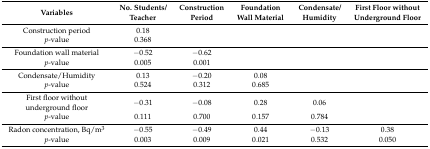
<table><thead><tr><td><b>Variables</b></td><td><b>No. Students/Teacher</b></td><td><b>Construction Period</b></td><td><b>Foundation Wall Material</b></td><td><b>Condensate/Humidity</b></td><td><b>First Floor without Underground Floor</b></td></tr></thead><tbody><tr><td>Construction period</td><td>0.18</td><td></td><td></td><td></td><td></td></tr><tr><td><i>p</i>-value</td><td>0.368</td><td></td><td></td><td></td><td></td></tr><tr><td>Foundation wall material</td><td>−0.52</td><td>−0.62</td><td></td><td></td><td></td></tr><tr><td><i>p</i>-value</td><td>0.005</td><td>0.001</td><td></td><td></td><td></td></tr><tr><td>Condensate/Humidity</td><td>0.13</td><td>−0.20</td><td>0.08</td><td></td><td></td></tr><tr><td><i>p</i>-value</td><td>0.524</td><td>0.312</td><td>0.685</td><td></td><td></td></tr><tr><td>First floor without underground floor</td><td>−0.31</td><td>−0.08</td><td>0.28</td><td>0.06</td><td></td></tr><tr><td><i>p</i>-value</td><td>0.111</td><td>0.700</td><td>0.157</td><td>0.784</td><td></td></tr><tr><td>Radon concentration, Bq/m<sup>3</sup></td><td>−0.55</td><td>−0.49</td><td>0.44</td><td>−0.13</td><td>0.38</td></tr><tr><td><i>p</i>-value</td><td>0.003</td><td>0.009</td><td>0.021</td><td>0.532</td><td>0.050</td></tr></tbody></table>